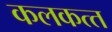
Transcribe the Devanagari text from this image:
कलकत्‍त